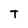
Character: T